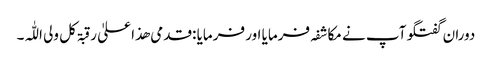
دوران گفتگو آپ نے مکاشفہ فرمایا اور فرمایا :قدمی ھذا علیٰ رقبۃ کل ولی اللّٰہ۔